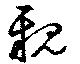
親